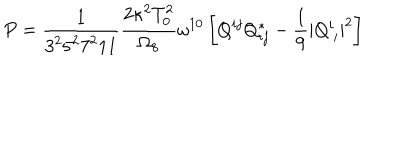
P = \frac { 1 } { 3 ^ { 2 } 5 ^ { 2 } 7 ^ { 2 } 1 1 } \frac { 2 \kappa ^ { 2 } T _ { 0 } ^ { 2 } } { \Omega _ { 8 } } \omega ^ { 1 0 } \left[ Q ^ { i j } Q _ { i j } ^ { * } - \frac { 1 } { 9 } | Q _ { \ i } ^ { i } | ^ { 2 } \right]